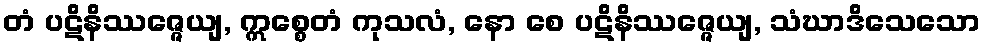
တံ ပဋိနိဿဇ္ဇေယျ, ဣစ္စေတံ ကုသလံ, နော စေ ပဋိနိဿဇ္ဇေယျ, သံဃာဒိသေသော